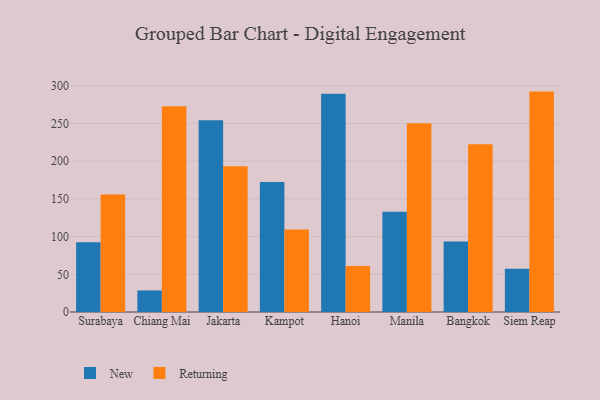
{"axis": {"x": "City", "y": "Headcount"}, "legend": ["New", "Returning"], "data": [{"x": "Surabaya", "y": 92.5, "type": "New"}, {"x": "Surabaya", "y": 155.8, "type": "Returning"}, {"x": "Chiang Mai", "y": 28.6, "type": "New"}, {"x": "Chiang Mai", "y": 273.0, "type": "Returning"}, {"x": "Jakarta", "y": 254.2, "type": "New"}, {"x": "Jakarta", "y": 193.4, "type": "Returning"}, {"x": "Kampot", "y": 172.3, "type": "New"}, {"x": "Kampot", "y": 109.3, "type": "Returning"}, {"x": "Hanoi", "y": 289.5, "type": "New"}, {"x": "Hanoi", "y": 61.1, "type": "Returning"}, {"x": "Manila", "y": 133.0, "type": "New"}, {"x": "Manila", "y": 250.4, "type": "Returning"}, {"x": "Bangkok", "y": 93.4, "type": "New"}, {"x": "Bangkok", "y": 222.6, "type": "Returning"}, {"x": "Siem Reap", "y": 57.5, "type": "New"}, {"x": "Siem Reap", "y": 292.3, "type": "Returning"}]}